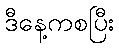
ဒီနေ့ကစပြီး